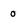
Character: 0